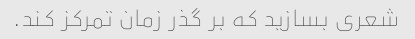
شعری بسازید که بر گذر زمان تمرکز کند.